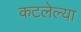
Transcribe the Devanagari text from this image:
कटलेल्या